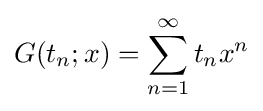
G(t_{n};x)=\sum _{n=1}^{\infty }t_{n}x^{n}